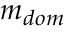
m _ { d o m }